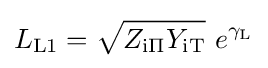
L_{\mathrm {L1} }={\sqrt {Z_{\mathrm {i\Pi } }Y_{\mathrm {iT} }}}\ e^{\gamma _{\mathrm {L} }}